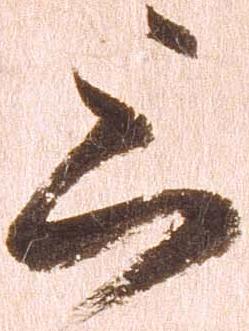
上